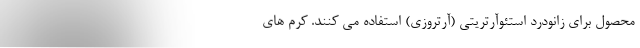
محصول برای زانودرد استئوآرتریتی (آرتروزی) استفاده می کنند. کرم های